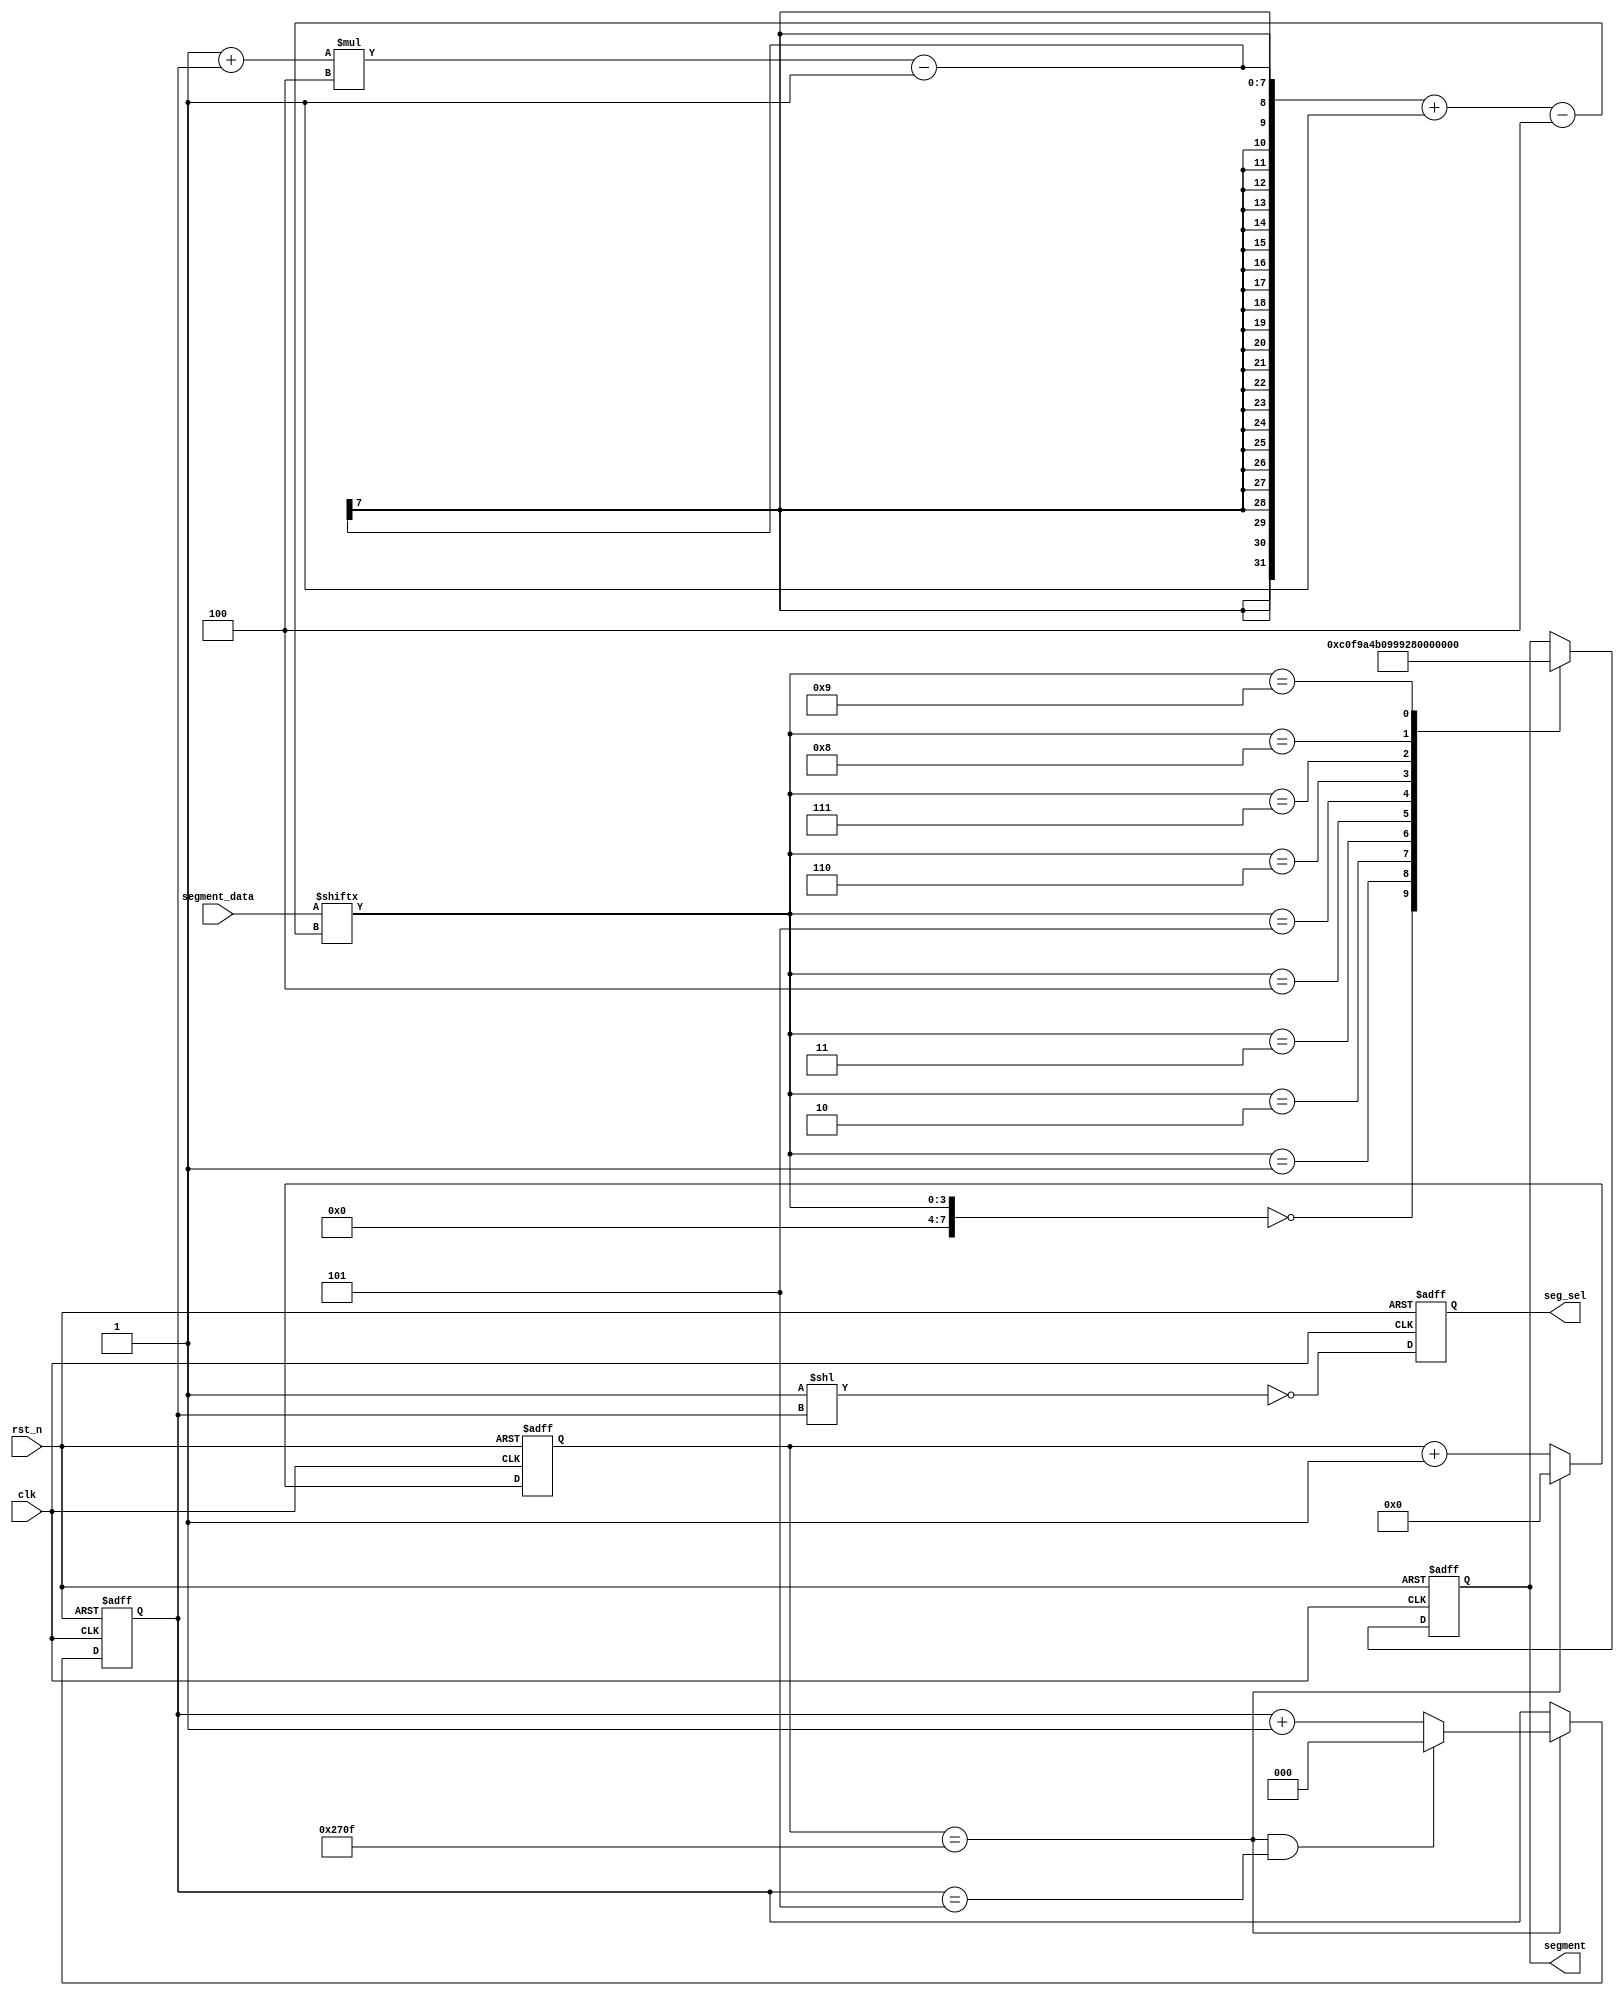
module seg_disp(  
	input  wire           	clk         ,  
	input  wire           	rst_n       ,  
	input  wire [23:0]    	segment_data,    
	output reg [ 7:0]     	segment     ,  
	output reg [ 5:0]     	seg_sel     
	);  
	parameter   ZERO            =   8'b1100_0000;  
	parameter   ONE             =   8'b1111_1001;  
	parameter   TWO             =   8'b1010_0100;  
	parameter   THREE           =   8'b1011_0000;  
	parameter   FOUR            =   8'b1001_1001;  
	parameter   FIVE            =   8'b1001_0010;  
	parameter   SIX             =   8'b1000_0010;  
	parameter   SEVEN           =   8'b1111_1000;  
	parameter   EIGHT           =   8'b1000_0000;  
	parameter   NINE            =   8'b1001_0000;  

	wire    [ 7:0]          segment_tmp ;   
	reg     [15:0]          cnt8        ;  
	reg     [ 2:0]          cnt9        ;  
//数码管扫描时间 
	always @(posedge clk or negedge rst_n) begin   
	    if (rst_n==0) begin  
	        cnt8 <= 0;   
	    end  
	    else if(add_cnt8) begin  
	        if(end_cnt8)  
	            cnt8 <= 0;   
	        else  
	            cnt8 <= cnt8+1 ;  
	   end  
	end  
	assign add_cnt8 = 1;  
	assign end_cnt8 = add_cnt8  && cnt8 == 10000-1 ; //2ms 
	  
//数码管扫描位选
	always @(posedge clk or negedge rst_n) begin   
	    if (rst_n==0) begin  
	        cnt9 <= 0;   
	    end  
	    else if(add_cnt9) begin  
	        if(end_cnt9)  
	            cnt9 <= 0;   
	        else  
	            cnt9 <= cnt9+1 ;  
	   end  
	end  
	assign add_cnt9 = end_cnt8;  
	assign end_cnt9 = add_cnt9  && cnt9 == 6-1 ;  
	  
//数据位宽分流
	assign segment_tmp = segment_data[(1+cnt9)*4-1 -:4];  

//数码管译码器
	always@(posedge clk or negedge rst_n)begin  
	    if(rst_n==1'b0)begin  
	         segment<=ZERO;  
	    end  
	    else  begin  
	        case(segment_tmp)  
	            4'd0:segment <= ZERO;  
	            4'd1:segment <= ONE;  
	            4'd2:segment <= TWO;  
	            4'd3:segment <= THREE;  
	            4'd4:segment <= FOUR;  
	            4'd5:segment <= FIVE ;  
	            4'd6:segment <= SIX ;  
	            4'd7:segment <= SEVEN ;  
	            4'd8:segment <= EIGHT ;  
	            4'd9:segment <= NINE ;  
	            default:begin  
	                segment<=segment;  
	            end  
	        endcase  
	    end  
	end  
	  
	  
	always@(posedge clk or negedge rst_n)begin  
	    if(rst_n==1'b0)begin  
	        seg_sel <= 6'b11_1110;  
	    end  
	    else begin  
	        seg_sel <= ~(6'b1<<cnt9);   //数码管扫描
	    end  
	end  
	  
	endmodule